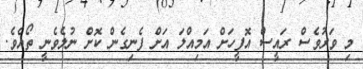
މި ވަރުވެސް ރައީސް އޮފީހަށް އަމިއްލަ އަށް ފެނިގެން ކޮށް ނުލެވެެނީ ތޯއެވެ.